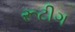
રૂટીગ